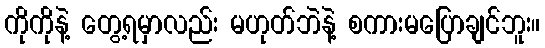
ကိုကိုနဲ့ တွေ့ရမှာလည်း မဟုတ်ဘဲနဲ့ စကားမပြောချင်ဘူး။